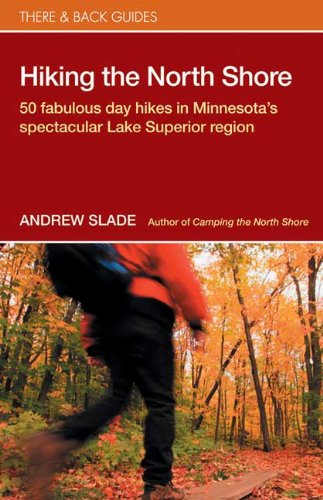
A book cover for Hiking the North Shore: 50 Fabulous Day Hikes in Minnesota's Spectacular Lake Superior Region (There & Back Guides); Andrew Slade; Travel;